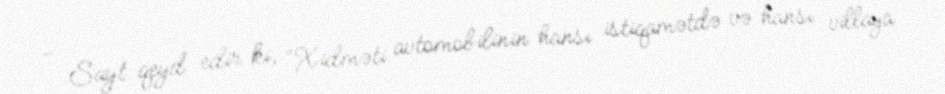
- Sayt qeyd edir ki, “Xidməti avtomobilinin hansı istiqamətdə və hansı villaya